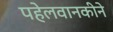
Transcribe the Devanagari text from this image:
पहेलवानकीने